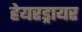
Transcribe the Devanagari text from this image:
हेयरड्रायर